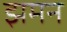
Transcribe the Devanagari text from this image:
झमन